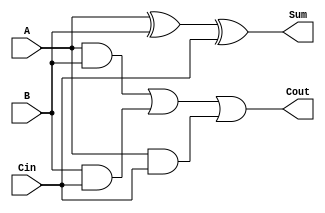
module Full_Adder_1_bit (A, B, Cin, Sum, Cout);
input A, B, Cin;
output reg Sum, Cout;
// behavioral model of a single bit full adder
always @(*) begin
		Sum  = A ^ B ^ Cin;
		Cout =(A & B)|(B & Cin)|(A & Cin);
end
endmodule